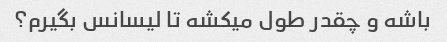
باشه و چقدر طول میکشه تا لیسانس بگیرم؟